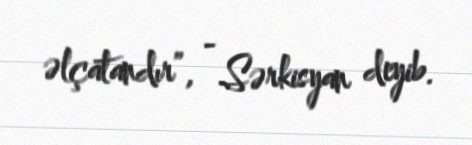
əlçatandır”, - Sərkisyan deyib.